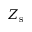
Z _ { \mathrm { s } }